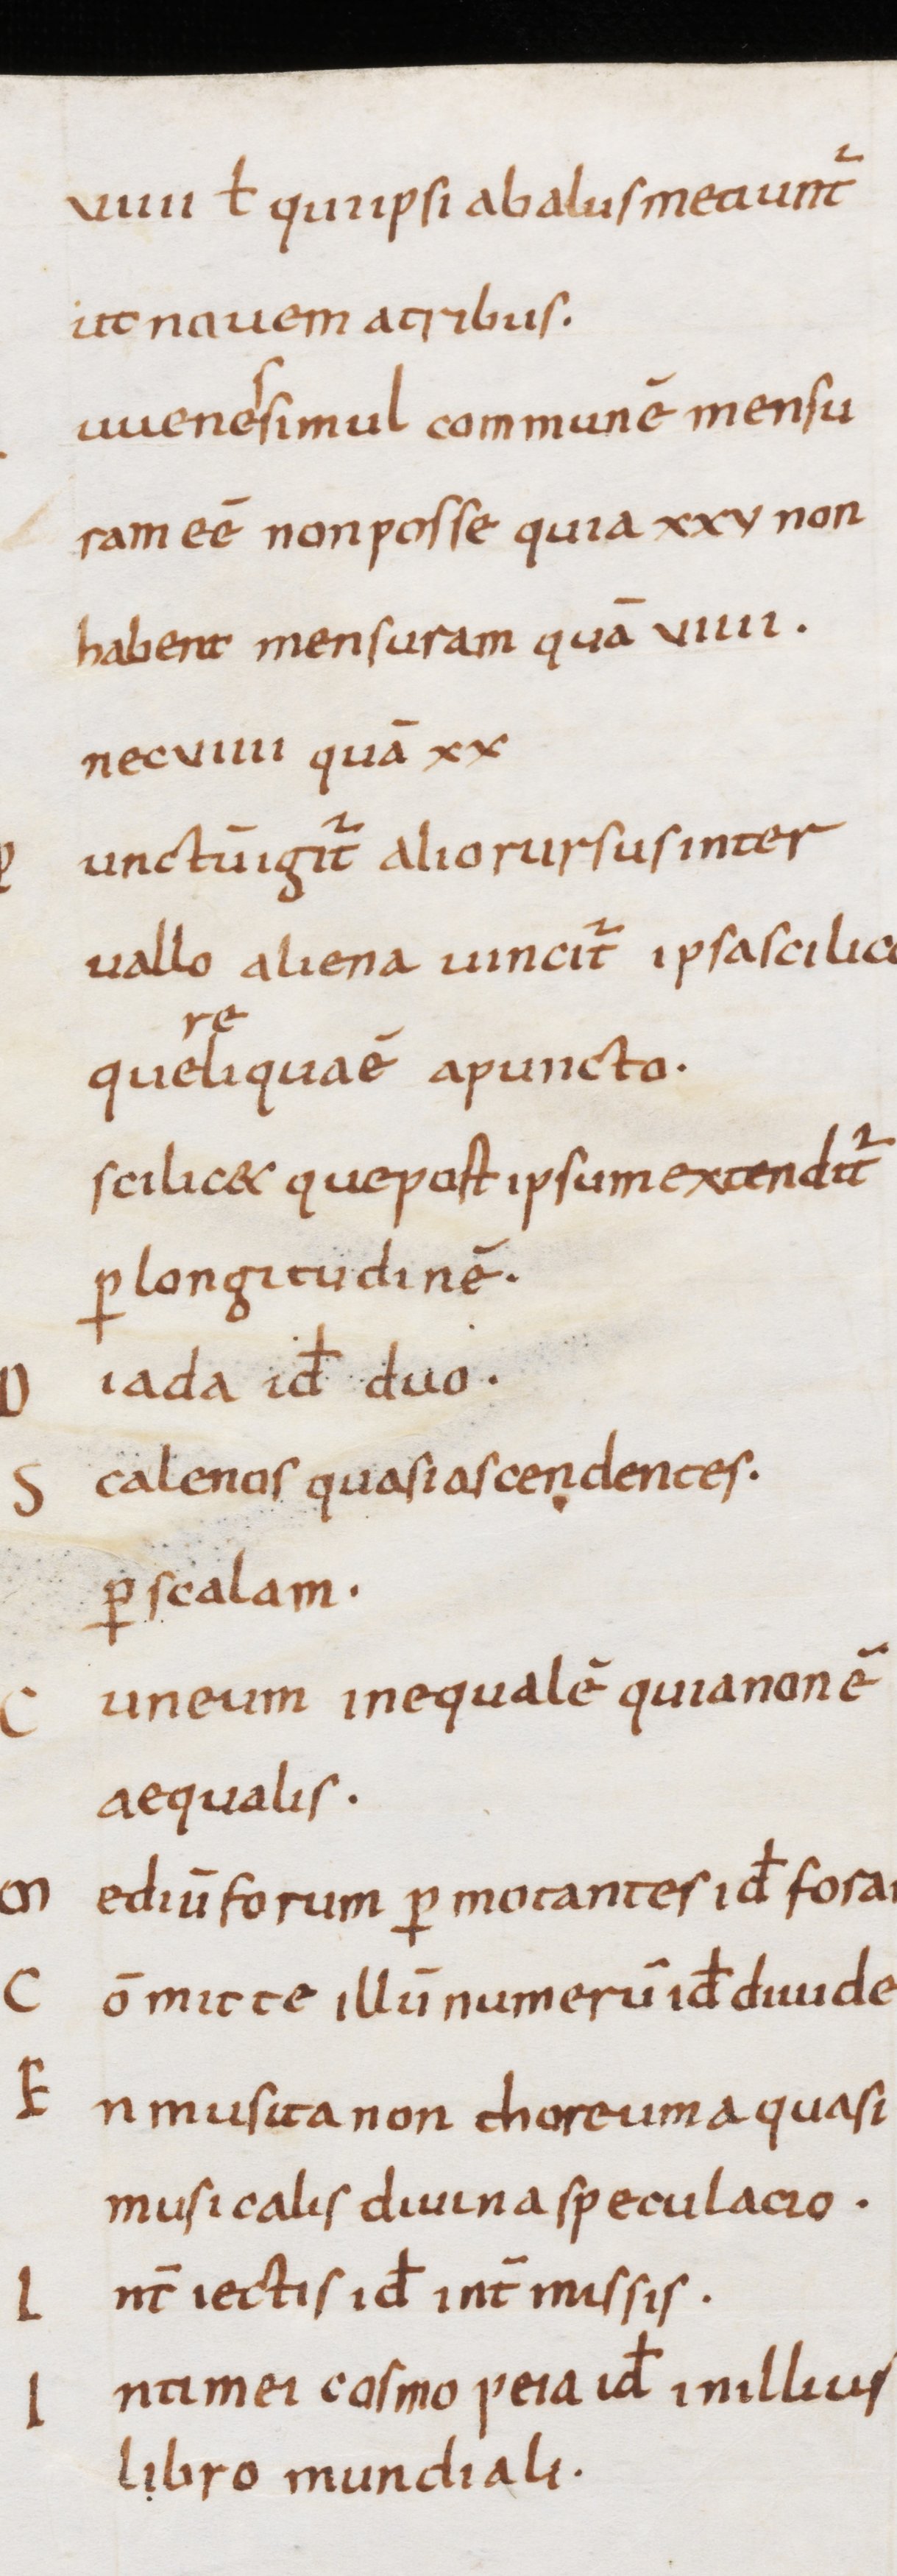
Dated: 900–1199